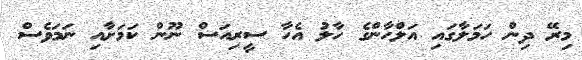
މިރޭ ދިން ހަމަލާގައި އަލްހާންގެ ހާލު އެހާ ސީރިއަސް ނޫން ކަމަށާއި ނަމަވެސް